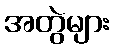
အတွဲများ